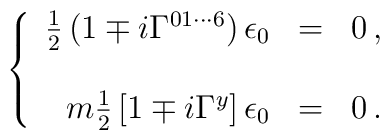
\left\{\begin{array}{rcl}\frac{1}{2}\left(1\mp i \Gamma^{01\cdots 6} \right) \epsilon_{0} & = & 0\, ,\\& & \\m{\textstyle\frac{1}{2}}\left[1\mp i\Gamma^{y}\right]  \epsilon_{0} & = & 0\, .\\\end{array}\right.